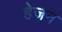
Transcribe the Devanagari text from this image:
हेजन